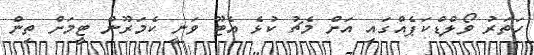
ހަތަރު ވޯލްޑްކަޕެއްގައި އަށް މެޗު ކުޅެ އެޓޫ ވަނީ ކެމަރޫން ޓީމަށް ތިން